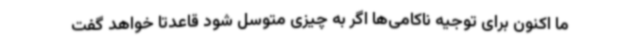
ما اکنون برای توجیه ناکامی‌ها اگر به چیزی متوسل شود قاعدتا خواهد گفت